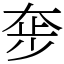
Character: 𡘧